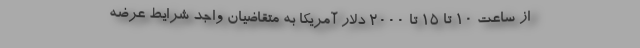
از ساعت ۱۰ تا ۱۵ تا ۲۰۰۰ دلار آمریکا به متقاضیان واجد شرایط عرضه